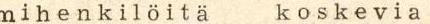
m i h e n k i l ö i t ä    k o s k e v i a